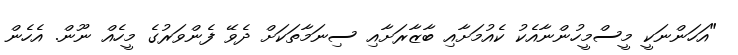
"އަހަންނަކީ މީސްމީހުންނާއެކު ކެއުމަށާއި ބާޒާރަށާއި ސިނަމާތަކަށް ދެވޭ ފެންވަރުގެ މީހެއް ނޫން. އެހެން